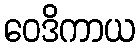
ဝေဒိကာယ